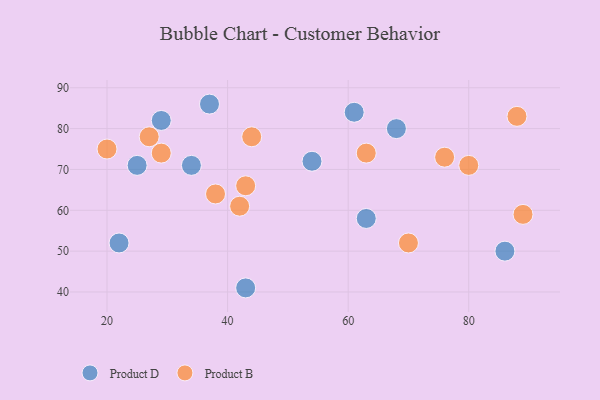
{"axis": {"x": "GDP", "y": "Life Expectancy"}, "legend": ["Product B", "Product D"], "data": [{"x": "37", "y": 86, "type": "Product D"}, {"x": "43", "y": 41, "type": "Product D"}, {"x": "61", "y": 84, "type": "Product D"}, {"x": "25", "y": 71, "type": "Product D"}, {"x": "29", "y": 82, "type": "Product D"}, {"x": "63", "y": 58, "type": "Product D"}, {"x": "86", "y": 50, "type": "Product D"}, {"x": "34", "y": 71, "type": "Product D"}, {"x": "68", "y": 80, "type": "Product D"}, {"x": "54", "y": 72, "type": "Product D"}, {"x": "22", "y": 52, "type": "Product D"}, {"x": "42", "y": 61, "type": "Product B"}, {"x": "27", "y": 78, "type": "Product B"}, {"x": "63", "y": 74, "type": "Product B"}, {"x": "76", "y": 73, "type": "Product B"}, {"x": "80", "y": 71, "type": "Product B"}, {"x": "43", "y": 66, "type": "Product B"}, {"x": "44", "y": 78, "type": "Product B"}, {"x": "29", "y": 74, "type": "Product B"}, {"x": "38", "y": 64, "type": "Product B"}, {"x": "88", "y": 83, "type": "Product B"}, {"x": "20", "y": 75, "type": "Product B"}, {"x": "70", "y": 52, "type": "Product B"}, {"x": "89", "y": 59, "type": "Product B"}]}